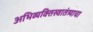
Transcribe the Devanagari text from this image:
अभिव्यक्तिस्वातंत्र्याचा